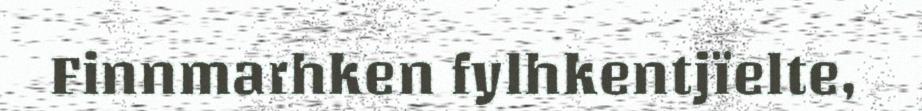
Finnmarhken fylhkentjïelte,